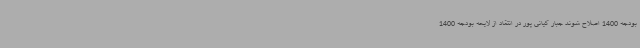
بودجه 1400 اصلاح شوند جبار کیانی پور در انتقاد از لایحه بودجه 1400